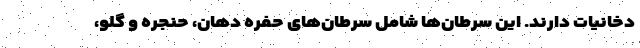
دخانیات دارند. این سرطان‌ها شامل سرطان‌های حفره دهان، حنجره و گلو،